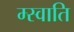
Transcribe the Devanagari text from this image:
म्स्वाति